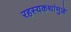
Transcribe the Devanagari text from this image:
रहस्यकथांमुळे